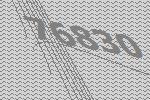
76830